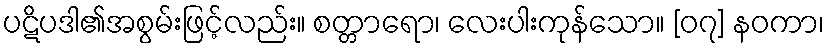
ပဋိပဒါ၏အစွမ်းဖြင့်လည်း။ စတ္တာရော၊ လေးပါးကုန်သော။ [၀၇] နဝကာ၊